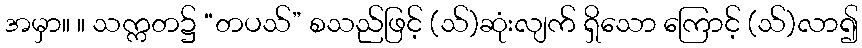
အမှာ။ ။ သက္ကတ၌ “တပသ်” စသည်ဖြင့် (သ်)ဆုံးလျက် ရှိသော ကြောင့် (သ်)လာ၍